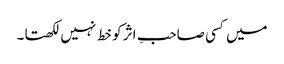
میں کسی صاحبِ اثر کو خط نہیں لکھتا۔